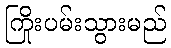
ကြိုးပမ်းသွားမည်